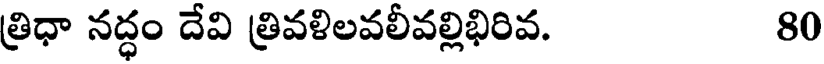
త్రిధా నద్ధం దేవి త్రివళిలవలీవల్లిభిరివ. 80